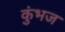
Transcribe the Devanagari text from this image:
कुंभज